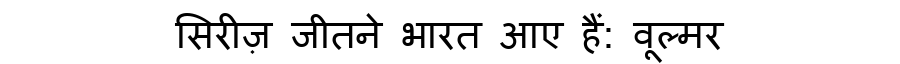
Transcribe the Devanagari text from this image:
सिरीज़ जीतने भारत आए हैं: वूल्मर